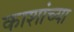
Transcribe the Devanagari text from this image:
काशांच्या